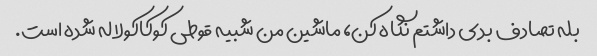
بله تصادف بدی داشتم نگاه کن، ماشین من شبیه قوطی کوکاکولا له شده است.